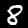
Label: 8